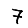
Digit: 7